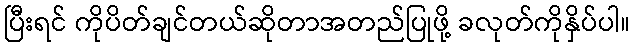
ပြီးရင် ကိုပိတ်ချင်တယ်ဆိုတာအတည်ပြုဖို့ ခလုတ်ကိုနှိပ်ပါ။